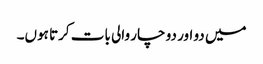
میں دو اور دو چار والی بات کرتا ہوں۔